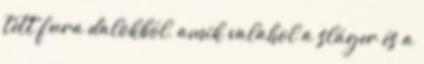
tett fura dalokból, amik valahol a sláger és a